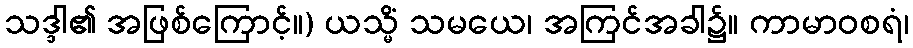
သဒ္ဒါ၏ အဖြစ်ကြောင့်။) ယသ္မိံ သမယေ၊ အကြင်အခါ၌။ ကာမာဝစရံ၊